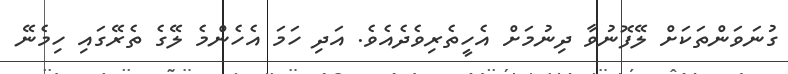
ގުނަވަންތަކަށް ލޭފޮނުވާ ދިނުމަށް އެހީތެރިވެދެއެވެ. އަދި ހަމަ އެހެންމެ ލޭގެ ތެރޭގައި ހިމެނޭ